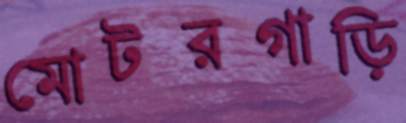
মোটরগাড়ি